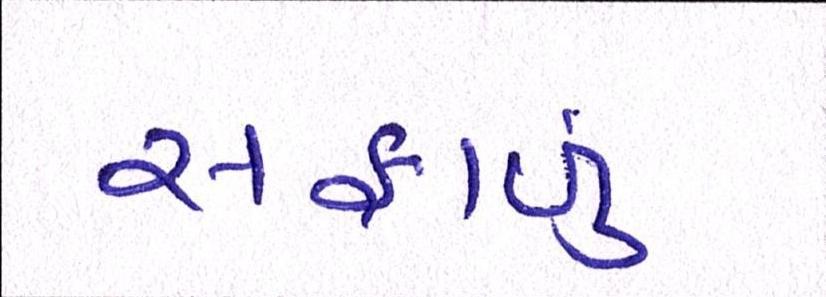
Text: સફાળું